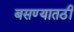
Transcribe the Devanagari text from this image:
बसण्यातठी